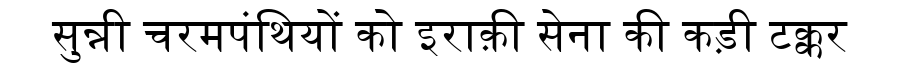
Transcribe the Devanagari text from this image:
सुन्नी चरमपंथियों को इराक़ी सेना की कड़ी टक्कर